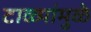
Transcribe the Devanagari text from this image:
टाळ्यांमुळे